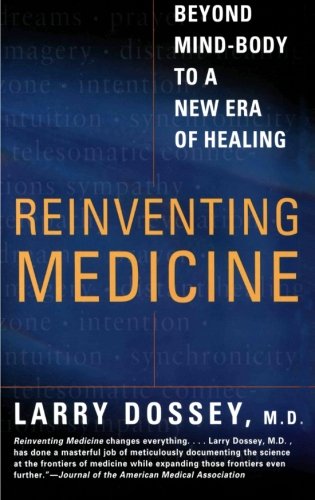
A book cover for Reinventing Medicine: Beyond Mind-Body to a New Era of Healing; Larry Dossey; Health, Fitness & Dieting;